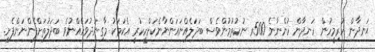
ޙަނދާން ހުރިމީހުން ހަނދާން ހުންނާނެ 500ރ ނުކުތުމުންވެސް ބަދަލެއްނައަންނާނެކަށްހީކުރީ އެކަމަކު މާގިނަދުވަހެއްނުވެ ބަދަލުތަށްފެންނަންފެށި.